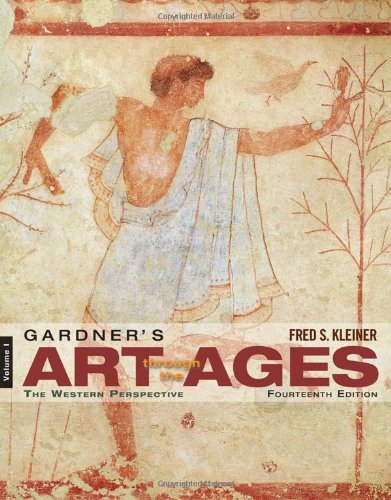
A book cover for Gardner's Art through the Ages: The Western Perspective, Volume I (with CourseMate Printed Access Card); Fred S. Kleiner; Arts & Photography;